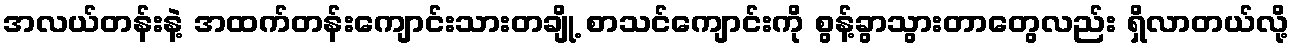
အလယ်တန်းနဲ့ အထက်တန်းကျောင်းသားတချို့ စာသင်ကျောင်းကို စွန့်ခွာသွားတာတွေလည်း ရှိလာတယ်လို့